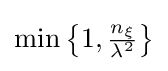
{\textstyle \min \left\{1,{\frac {n_{\xi }}{\lambda ^{2}}}\right\}}